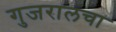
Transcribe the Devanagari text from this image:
गुजरालचा